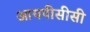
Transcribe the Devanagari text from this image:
आयपीसीसी